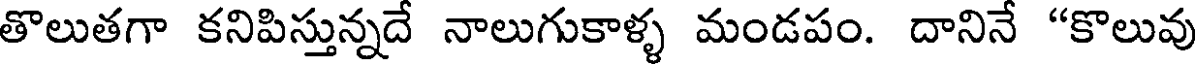
తొలుతగా కనిపిస్తున్నదే నాలుగుకాళ్ళ మండపం. దానినే "కొలువు